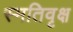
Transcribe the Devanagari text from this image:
स्मतिवृक्ष